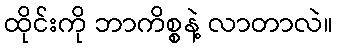
ထိုင်းကို ဘာကိစ္စနဲ့ လာတာလဲ။